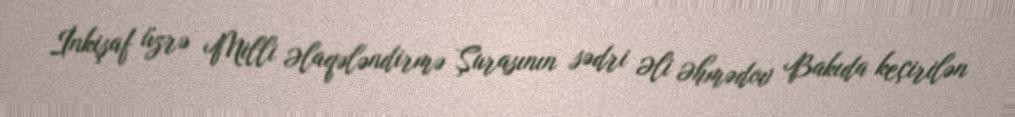
İnkişaf üzrə Milli Əlaqələndirmə Şurasının sədri Əli Əhmədov Bakıda keçirilən